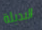
البديلة